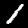
Label: 1